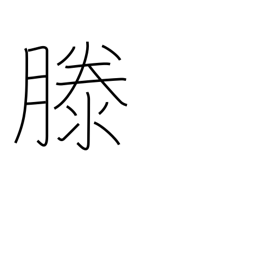
Meaning: rising water